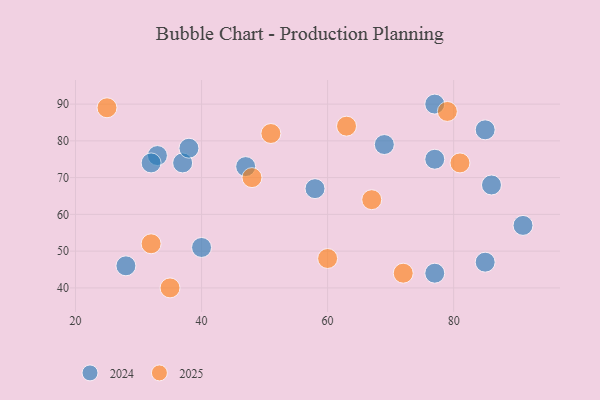
{"axis": {"x": "GDP", "y": "Life Expectancy"}, "legend": ["2024", "2025"], "data": [{"x": "32", "y": 52, "type": "2025"}, {"x": "72", "y": 44, "type": "2025"}, {"x": "79", "y": 88, "type": "2025"}, {"x": "51", "y": 82, "type": "2025"}, {"x": "35", "y": 40, "type": "2025"}, {"x": "25", "y": 89, "type": "2025"}, {"x": "81", "y": 74, "type": "2025"}, {"x": "48", "y": 70, "type": "2025"}, {"x": "63", "y": 84, "type": "2025"}, {"x": "60", "y": 48, "type": "2025"}, {"x": "67", "y": 64, "type": "2025"}, {"x": "47", "y": 73, "type": "2024"}, {"x": "77", "y": 75, "type": "2024"}, {"x": "91", "y": 57, "type": "2024"}, {"x": "33", "y": 76, "type": "2024"}, {"x": "86", "y": 68, "type": "2024"}, {"x": "85", "y": 47, "type": "2024"}, {"x": "77", "y": 44, "type": "2024"}, {"x": "40", "y": 51, "type": "2024"}, {"x": "32", "y": 74, "type": "2024"}, {"x": "28", "y": 46, "type": "2024"}, {"x": "77", "y": 90, "type": "2024"}, {"x": "85", "y": 83, "type": "2024"}, {"x": "69", "y": 79, "type": "2024"}, {"x": "37", "y": 74, "type": "2024"}, {"x": "58", "y": 67, "type": "2024"}, {"x": "38", "y": 78, "type": "2024"}]}